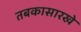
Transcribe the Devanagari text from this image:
तबकासारखे